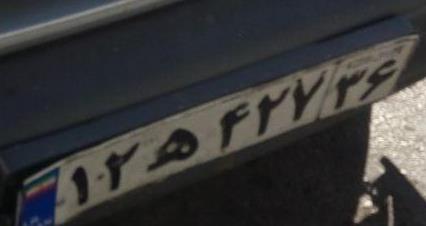
۱۲ه۴۲۷۳۶